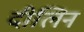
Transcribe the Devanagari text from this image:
दीलिन